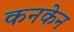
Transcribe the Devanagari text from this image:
कनकेन